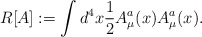
\begin{align*}R[A] := \int d^4x {1 \over 2} A_\mu^a(x) A_\mu^a(x) .\end{align*}